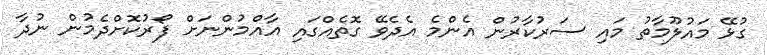
ގުޅޭ މައުލޫމާތު މައި ސަރުކާރުން އެންމެ އެދެވޭ ގޮތެއްގައި އާއްމުންނަށް ފޯރުކޮށްދެމުން ނުދާ